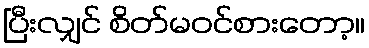
ပြီးလျှင် စိတ်မဝင်စားတော့။